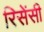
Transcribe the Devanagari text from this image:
रिसेंसी